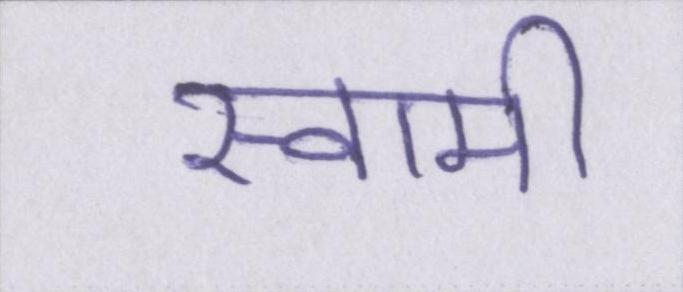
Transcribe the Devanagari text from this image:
स्वामी